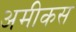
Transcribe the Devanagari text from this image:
अमीकस